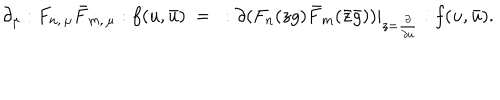
LaTeX: \partial _ { \mu } : F _ { n , \, \mu } \bar { F } _ { m , \, \mu } : f ( u , \bar { u } ) \ = \ : \partial ( F _ { n } ( z g ) \bar { F } _ { m } ( \bar { z } \bar { g } ) ) | _ { z = \frac { \partial } { \partial u } } : f ( u , \bar { u } ) .